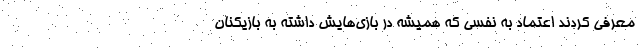
معرفی کردند اعتماد به نفسی که همیشه در بازی‌هایش داشته به بازیکنان